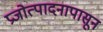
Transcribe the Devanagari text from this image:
प्रजोत्पादनापासून